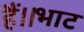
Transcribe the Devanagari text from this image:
हैं।।भाट